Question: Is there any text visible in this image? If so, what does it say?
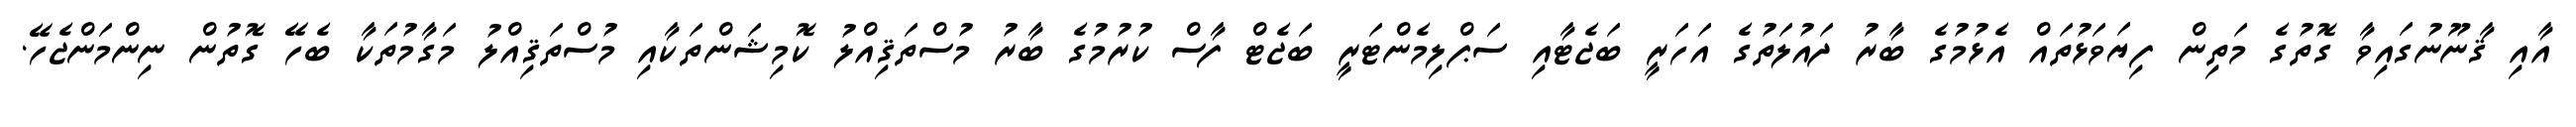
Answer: އާއި ޤާނޫނުގައިވާ ގޮތުގެ މަތިން ފިޔަވަޅުތައް އެޅުމުގެ ބާރު ދައުލަތުގެ އަހަރީ ބަޖެޓާއި ސަޕްލިމެންޓަރީ ބަޖެޓް ފާސް ކުރުމުގެ ބާރު މުސްތަޤިއްލު ކޮމިޝަންތަކާއި މުސްތަޤިއްލު މަގާމުތަކާ ބެހޭ ގޮތުން ނިންމަންޖެހޭ.